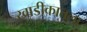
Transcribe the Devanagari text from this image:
खाडीकातला